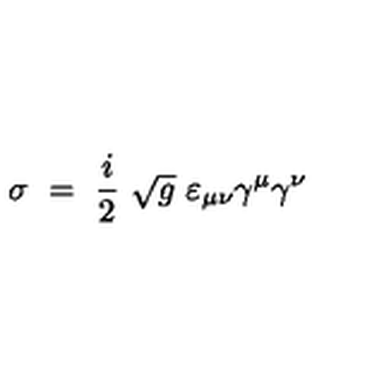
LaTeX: \sigma \ = \ \frac i 2 \ \sqrt { g } \ \varepsilon _ { \mu \nu } \gamma ^ { \mu } \gamma ^ { \nu }